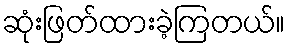
ဆုံးဖြတ်ထားခဲ့ကြတယ်။